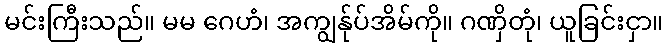
မင်းကြီးသည်။ မမ ဂေဟံ၊ အကျွန်ုပ်အိမ်ကို။ ဂဏှိတုံ၊ ယူခြင်းငှာ။